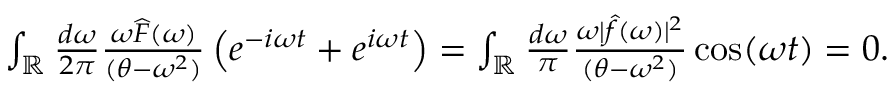
\begin{array} { r } { \int _ { \mathbb { R } } \frac { d \omega } { 2 \pi } \frac { \omega \widehat F ( \omega ) } { ( \theta - \omega ^ { 2 } ) } \left( e ^ { - i \omega t } + e ^ { i \omega t } \right) = \int _ { \mathbb { R } } \frac { d \omega } { \pi } \frac { \omega | \widehat f ( \omega ) | ^ { 2 } } { ( \theta - \omega ^ { 2 } ) } \cos ( \omega t ) = 0 . } \end{array}